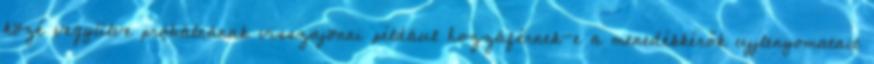
közé vegyülve próbálnának visszajönni például hozzáférnek-e a menedékkérők ujjlenyomatait